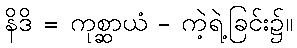
နိဒိ = ကုစ္ဆာယံ - ကဲ့ရဲ့ခြင်း၌။